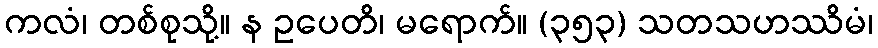
ကလံ၊ တစ်စုသို့။ န ဥပေတိ၊ မရောက်။ (၃၅၃) သတသဟဿိမံ၊